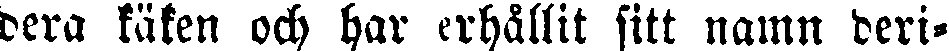
dera käken och har erhållit sitt namn deri-